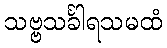
သဗ္ဗသင်္ခါရသမထံ